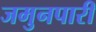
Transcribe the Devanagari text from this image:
जमुनपारी